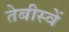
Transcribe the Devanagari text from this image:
तेबीस्वें